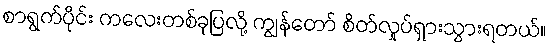
စာရွက်ပိုင်း ကလေးတစ်ခုပြလို့ ကျွန်တော် စိတ်လှုပ်ရှားသွားရတယ်။